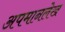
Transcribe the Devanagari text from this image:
अपमानलेख